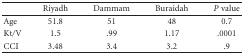
|  | Riyadh | Dammam | Buraidah | P value |
 | --- | --- | --- | --- | --- |
 | Age | 51.8 | 51 | 48 | 0.7 |
 | Kt/V | 1.5 | .99 | 1.17 | .0001 |
 | CCI | 3.48 | 3.4 | 3.2 | .9 |